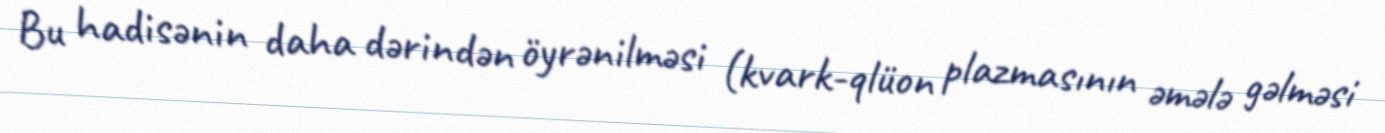
Bu hadisənin daha dərindən öyrənilməsi (kvark-qlüon plazmasının əmələ gəlməsi